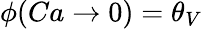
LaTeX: \phi(Ca\to 0)=\theta_{V}